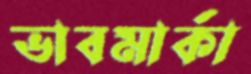
ভাবমার্কা